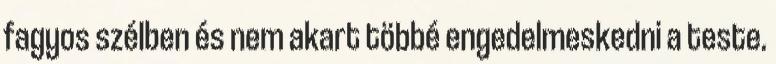
fagyos szélben és nem akart többé engedelmeskedni a teste.